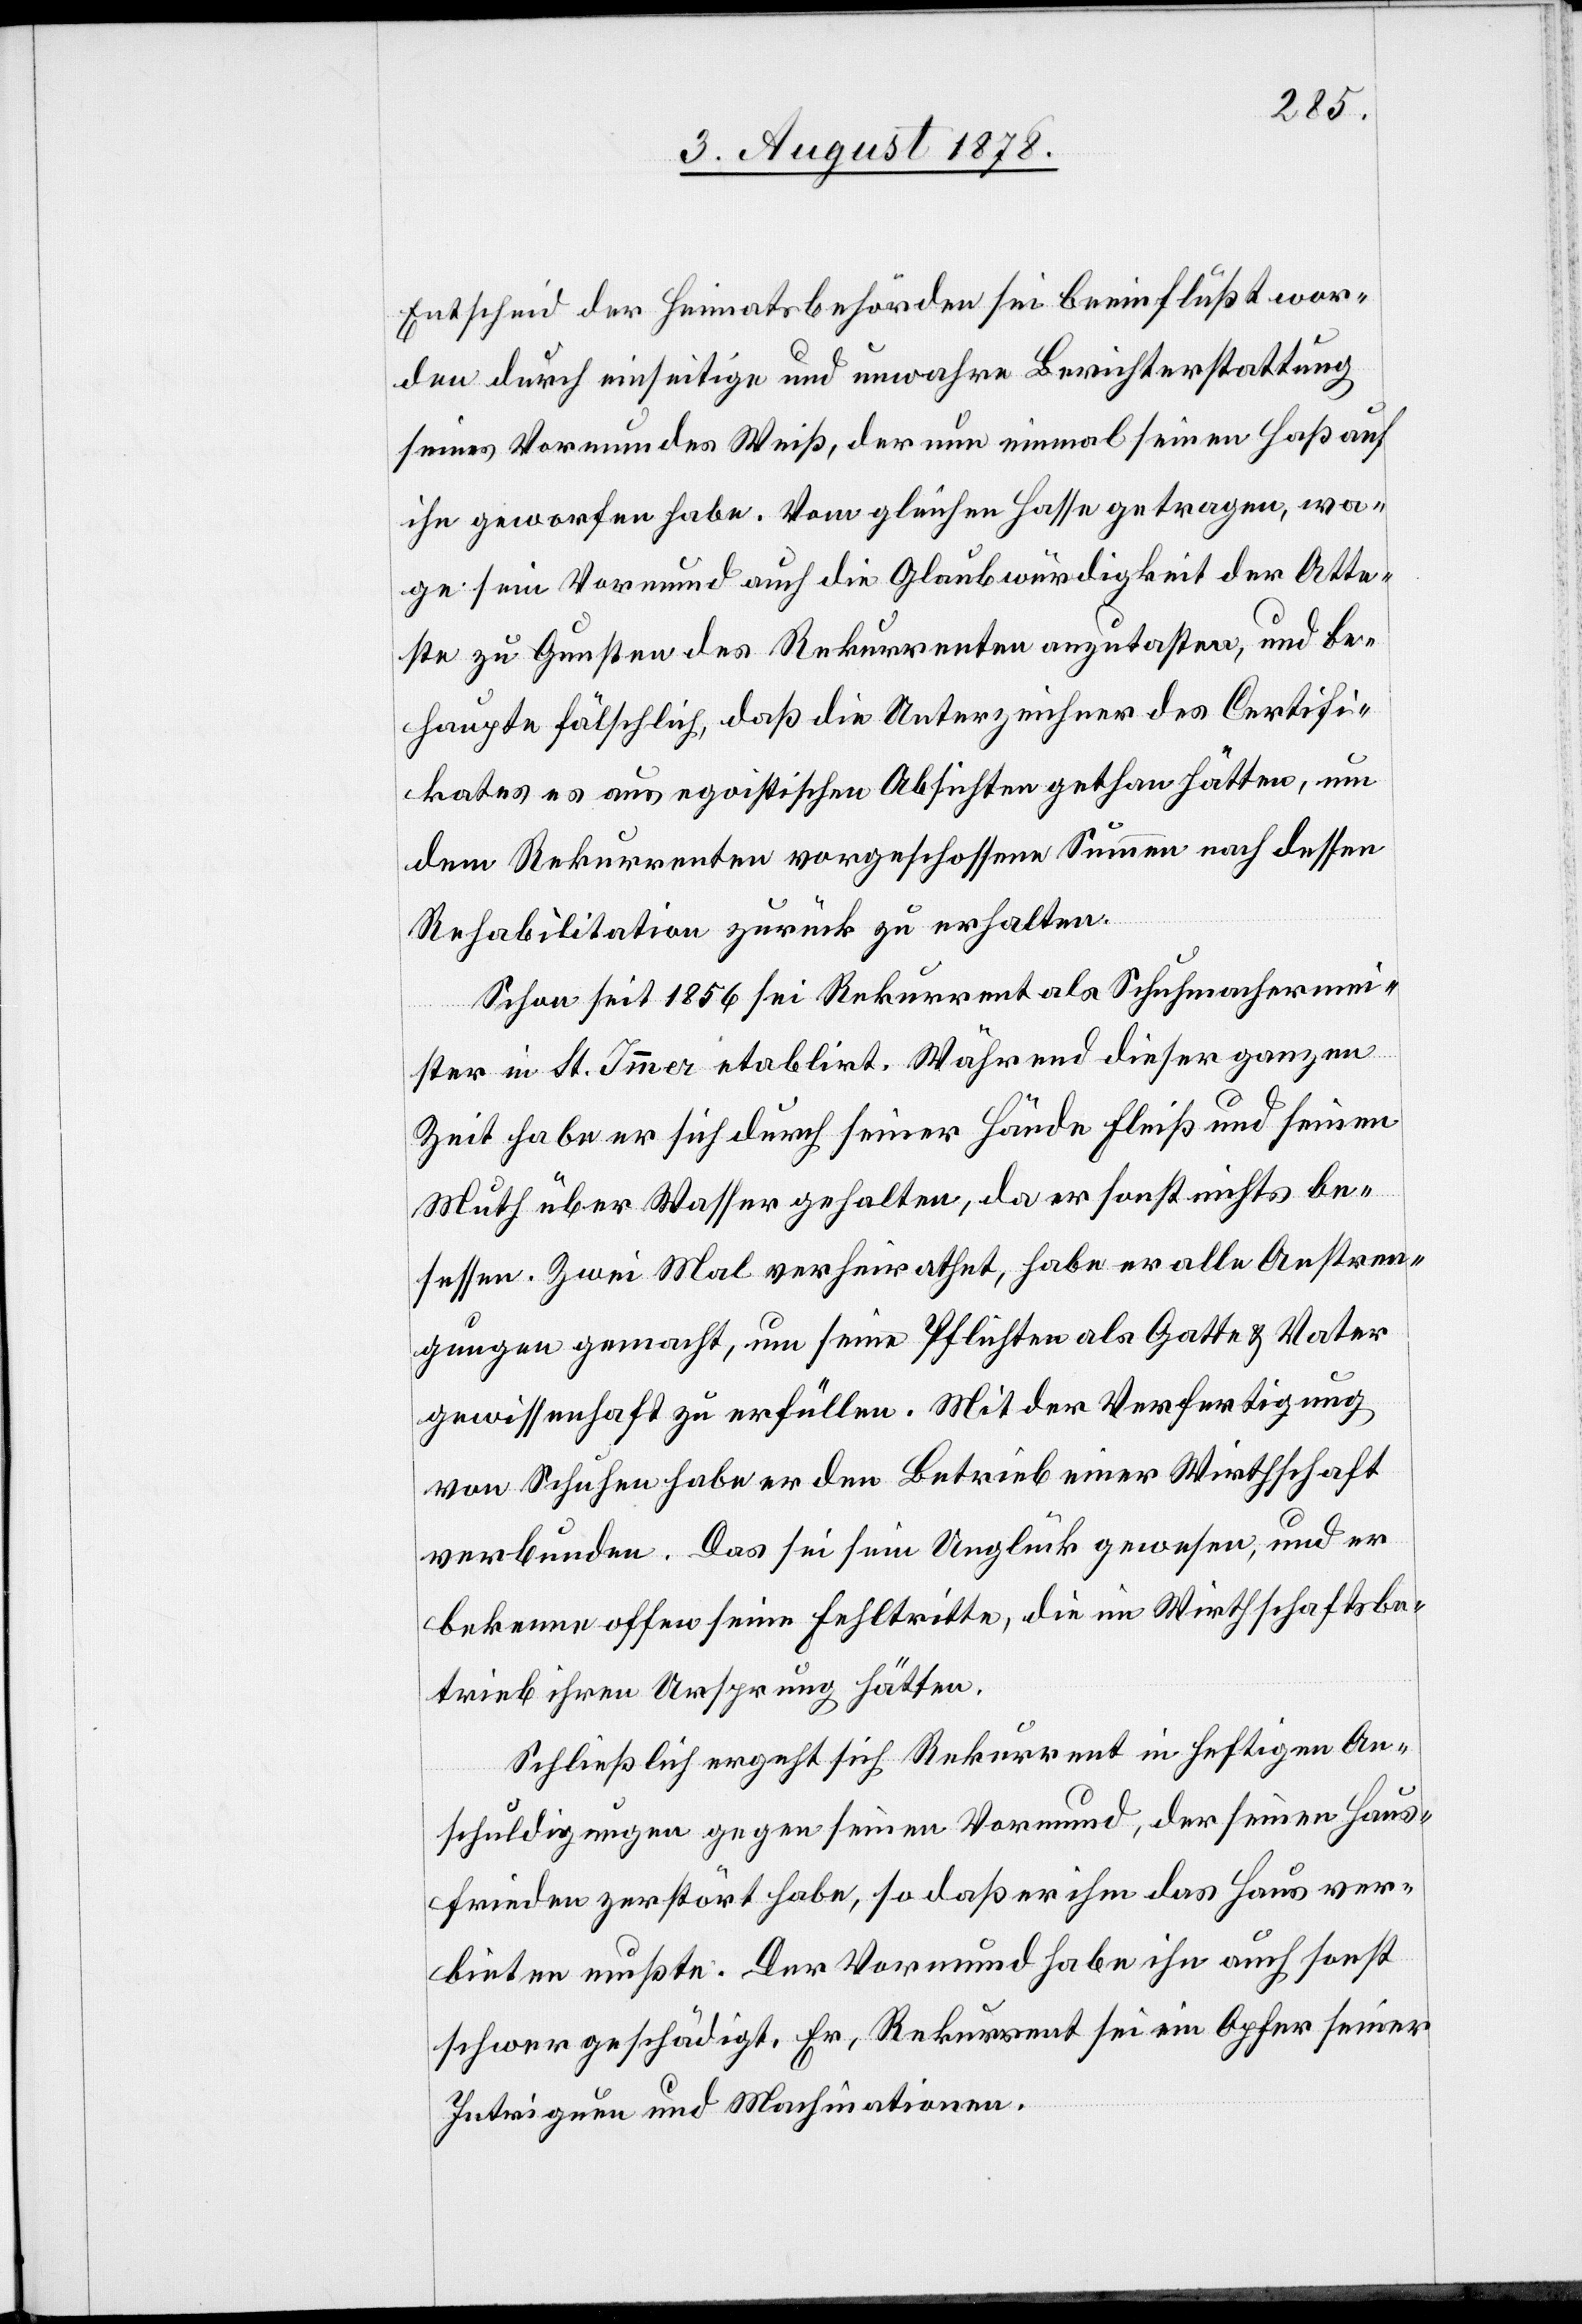
Entscheid der Heimatbehörden sei beeinflusst wor¬
den durch einseitige und unwahre Berichterstattung
seines Vormundes Weiß, der nun einmal seinen Haß auf
ihn geworfen habe. Vom gleichen Hasse getragen, wa¬
ge sein Vormund auch die Glaubwürdigkeit der Atte¬
ste zu Gunsten des Rekurrenten anzutasten, und be¬
haupte fälschlich, daß die Unterzeichner des Certifi¬
kates aus egoistischen Absichten gethan hätten, um
dem Rekurrenten vorgeschossenen Summen nach dessen
Rehabilitation zurück zu erhalten.
Schon seit 1856 sei Rekurrent als Schuhmachermei¬
ster in St. Immer [sic!] etablirt. Während dieser ganzen
Zeit habe er sich durch seiner Hände Fleiß und seinen
Muth über Wasser gehalten, da er sonst nichts be¬
sessen. Zwei Mal verheirathet, habe er alle Anstren¬
gungen gemacht, um seine Pflichten als Gatte & Vater
gewissenhaft zu erfüllen. Mit der Verfertigung
von Schuhen habe er den Betrieb einer Wirthschaft
verbunden. Das sei sein Unglück gewesen, und er
bekenne offen seine Fehltritte, die im Wirthschaftsbe¬
trieb ihren Ursprung hätten.
Schließlich ergeht sich Rekurrent in heftigen An¬
schuldigungen gegen seinen Vormund, der seinen Haus¬
frieden zerstört habe, so daß er ihm das Haus ver¬
bieten mußte. Der Vormund habe ihn auch sonst
schwer geschädigt. Er, Rekurrent, sei ein Opfer seiner
Intriguen und Machinationen.